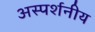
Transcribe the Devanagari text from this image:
अस्पर्शनीय